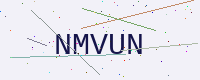
Text: NMVUN